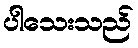
ပါသေးသည်